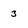
Character: 3